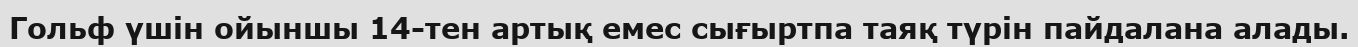
Гольф үшін ойыншы 14-тен артық емес сығыртпа таяқ түрін пайдалана алады.